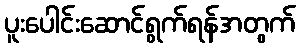
ပူးပေါင်းဆောင်ရွက်ရန်အတွက်